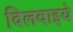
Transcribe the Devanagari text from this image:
दिलवाइये